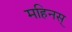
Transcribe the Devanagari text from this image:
महिनस्